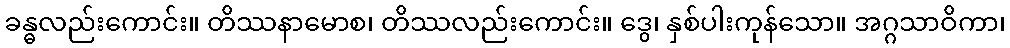
ခန္ဓလည်းကောင်း။ တိဿနာမောစ၊ တိဿလည်းကောင်း။ ဒွေ၊ နှစ်ပါးကုန်သော။ အဂ္ဂသာဝိကာ၊